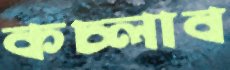
কচ্‌লাব